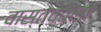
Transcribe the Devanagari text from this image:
वास्तवतेला